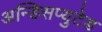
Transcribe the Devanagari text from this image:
अन्डिसप्युटेड